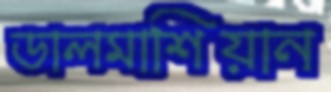
ডালমাশিয়ান